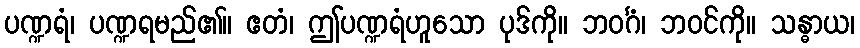
ပဏ္ဍရံ၊ ပဏ္ဍရမည်၏။ ဧတံ၊ ဤပဏ္ဍရံဟူသော ပုဒ်ကို။ ဘဝင်္ဂံ၊ ဘဝင်ကို။ သန္ဓာယ၊